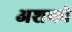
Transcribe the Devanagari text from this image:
अशको